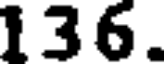
136.